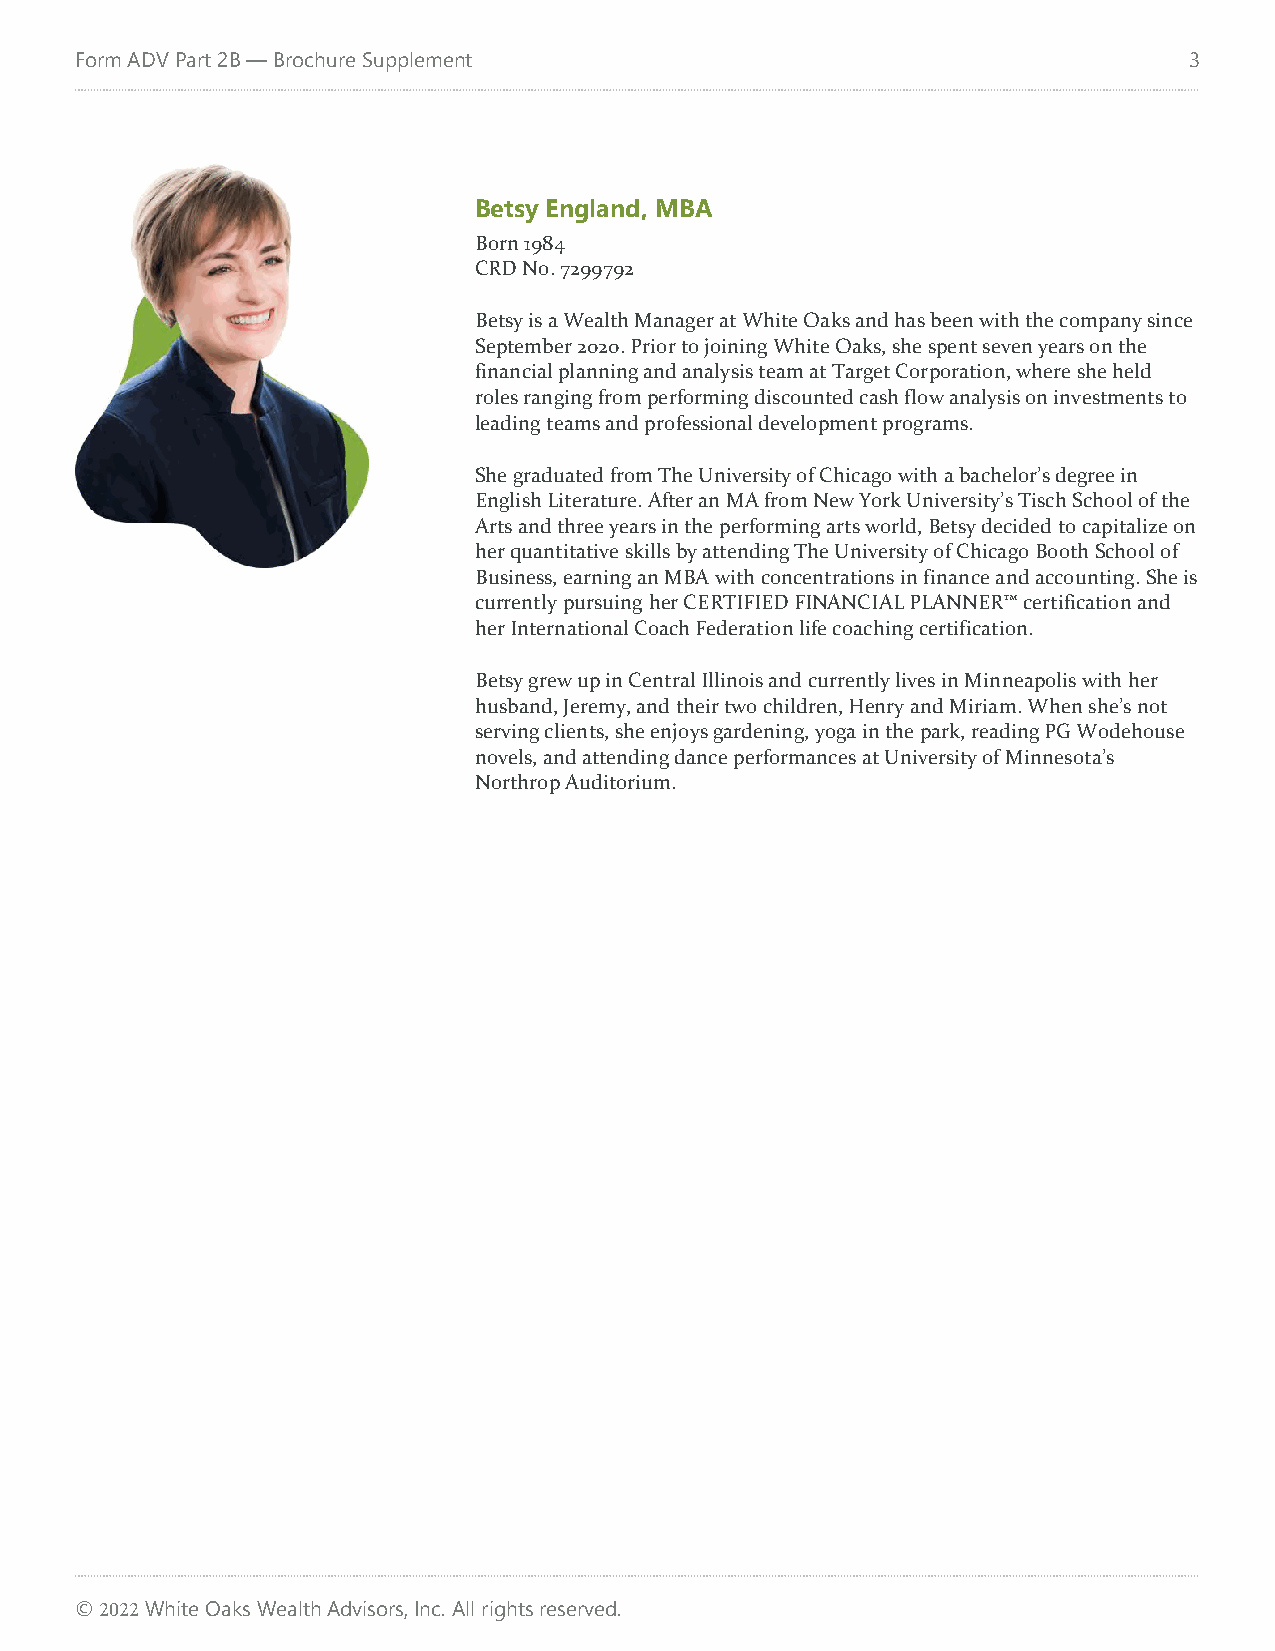
Form ADV Part 2B — Brochure Supplement                                    3
 Betsy England, MBA
 Born 1984
 CRD No. 7299792
 Betsy is a Wealth Manager at White Oaks and has been with the company since
 September 2020. Prior to joining White Oaks, she spent seven years on the
 financial planning and analysis team at Target Corporation, where she held
 roles ranging from performing discounted cash flow analysis on investments to
 leading teams and professional development programs.
 She graduated from The University of Chicago with a bachelor’s degree in
 English Literature. After an MA from New York University’s Tisch School of the
 Arts and three years in the performing arts world, Betsy decided to capitalize on
 her quantitative skills by attending The University of Chicago Booth School of
 Business, earning an MBA with concentrations in finance and accounting. She is
 currently pursuing her CERTIFIED FINANCIAL PLANNER™ certification and
 her International Coach Federation life coaching certification.
 Betsy grew up in Central Illinois and currently lives in Minneapolis with her
 husband, Jeremy, and their two children, Henry and Miriam. When she’s not
 serving clients, she enjoys gardening, yoga in the park, reading PG Wodehouse
 novels, and attending dance performances at University of Minnesota’s
 Northrop Auditorium.
 © 2022 White Oaks Wealth Advisors, Inc. All rights reserved.